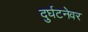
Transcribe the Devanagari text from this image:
दुर्घटनेवर